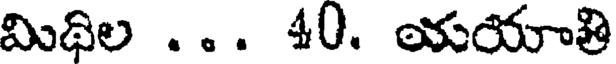
మిథిల . . . 40. యయాతి